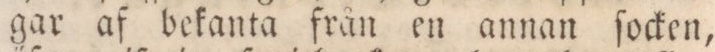
gar af bekanta från en annan ſocken,